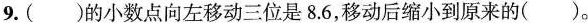
9. ()的小数点向左移动三位是8.6，移动后缩小到原来的()。